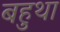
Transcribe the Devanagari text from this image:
बहुथा